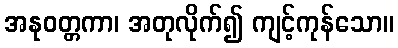
အနုဝတ္တကာ၊ အတုလိုက်၍ ကျင့်ကုန်သော။